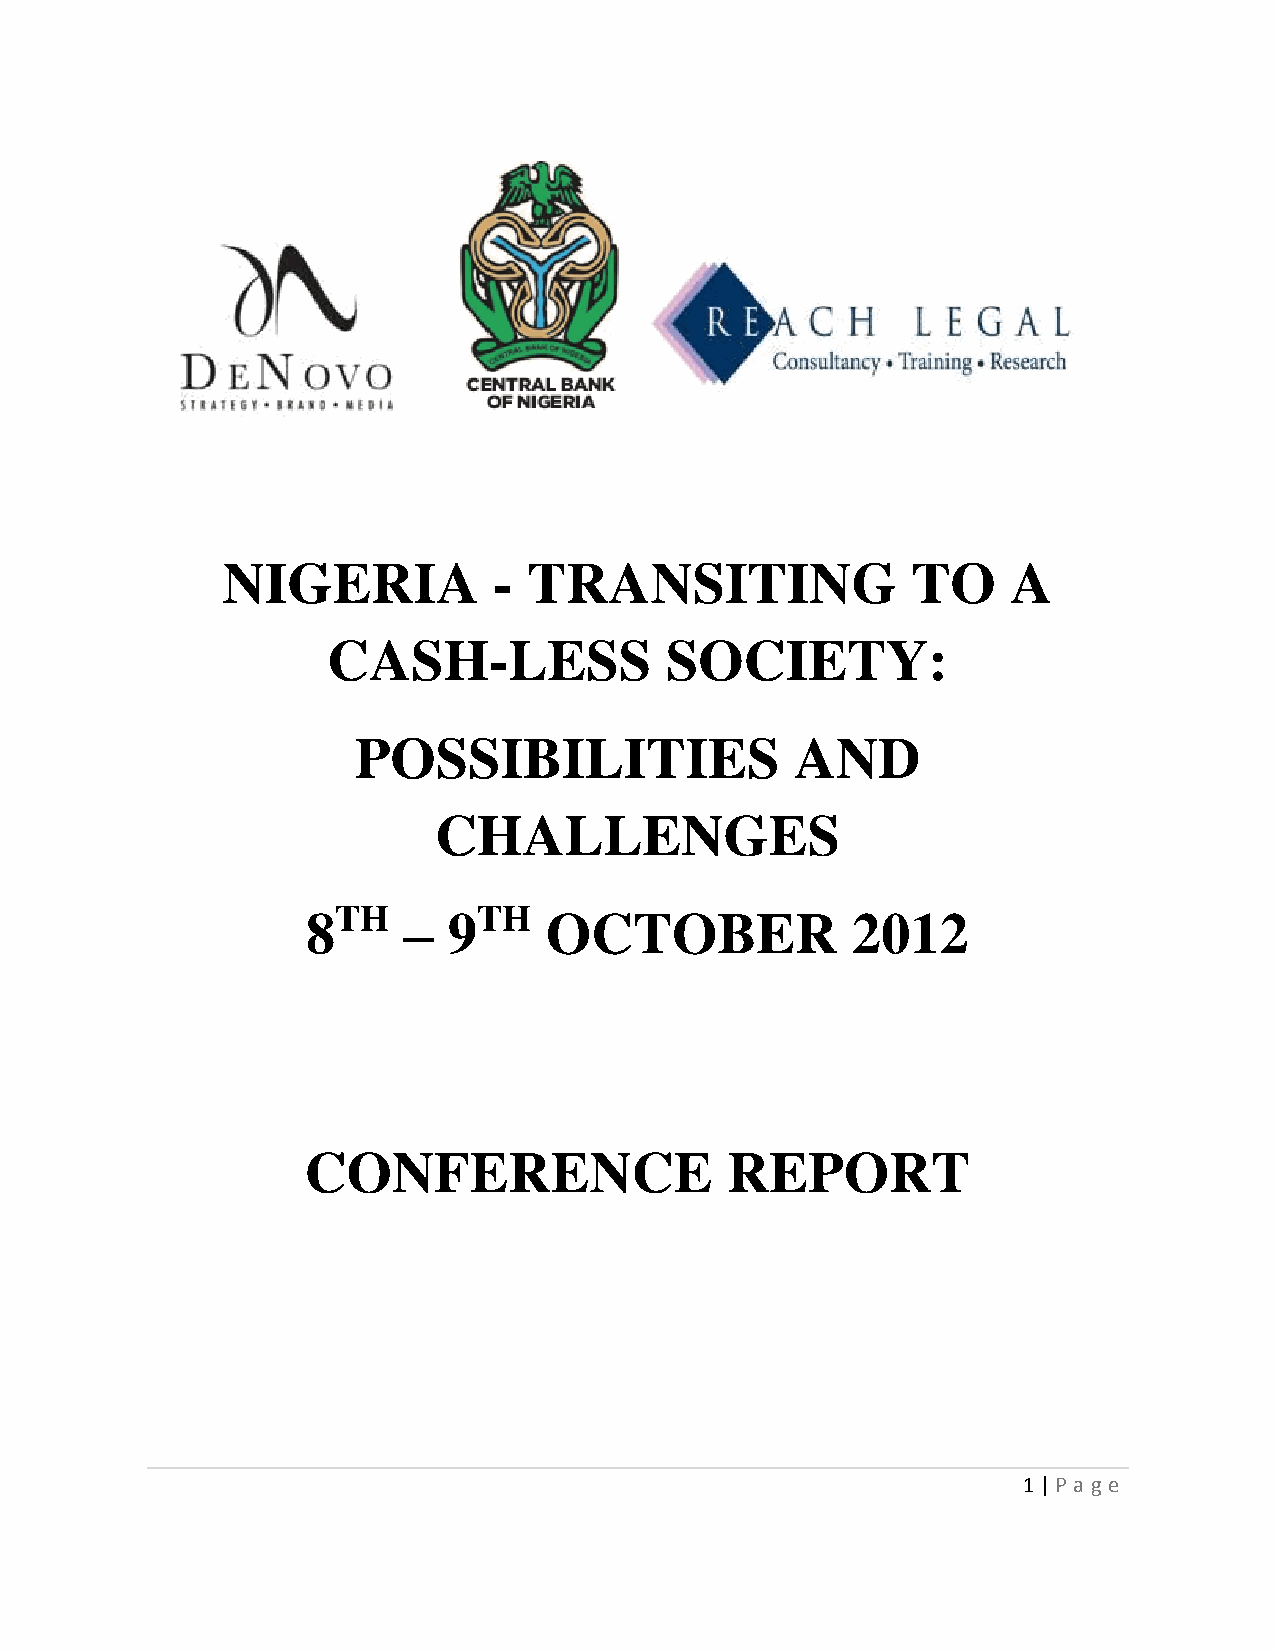
NIGERIA           - TRANSITING               TO     A
 CASH-LESS             SOCIETY:
 POSSIBILITIES                 AND
 CHALLENGES
 8TH    –  9TH   OCTOBER             2012
 CONFERENCE                  REPORT
 1 | P age